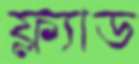
ফ্ল্যাড